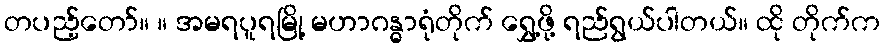
တပည့်တော်။ ။ အမရပူရမြို့ မဟာဂန္ဓာရုံတိုက် ရွှေ့ဖို့ ရည်ရွယ်ပါတယ်။ ထို တိုက်က